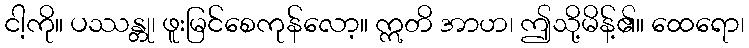
ငါ့ကို။ ပဿန္တု၊ ဖူးမြင်စေကုန်လော့။ ဣတိ အာဟ၊ ဤသို့မိန့်၏။ ထေရော၊